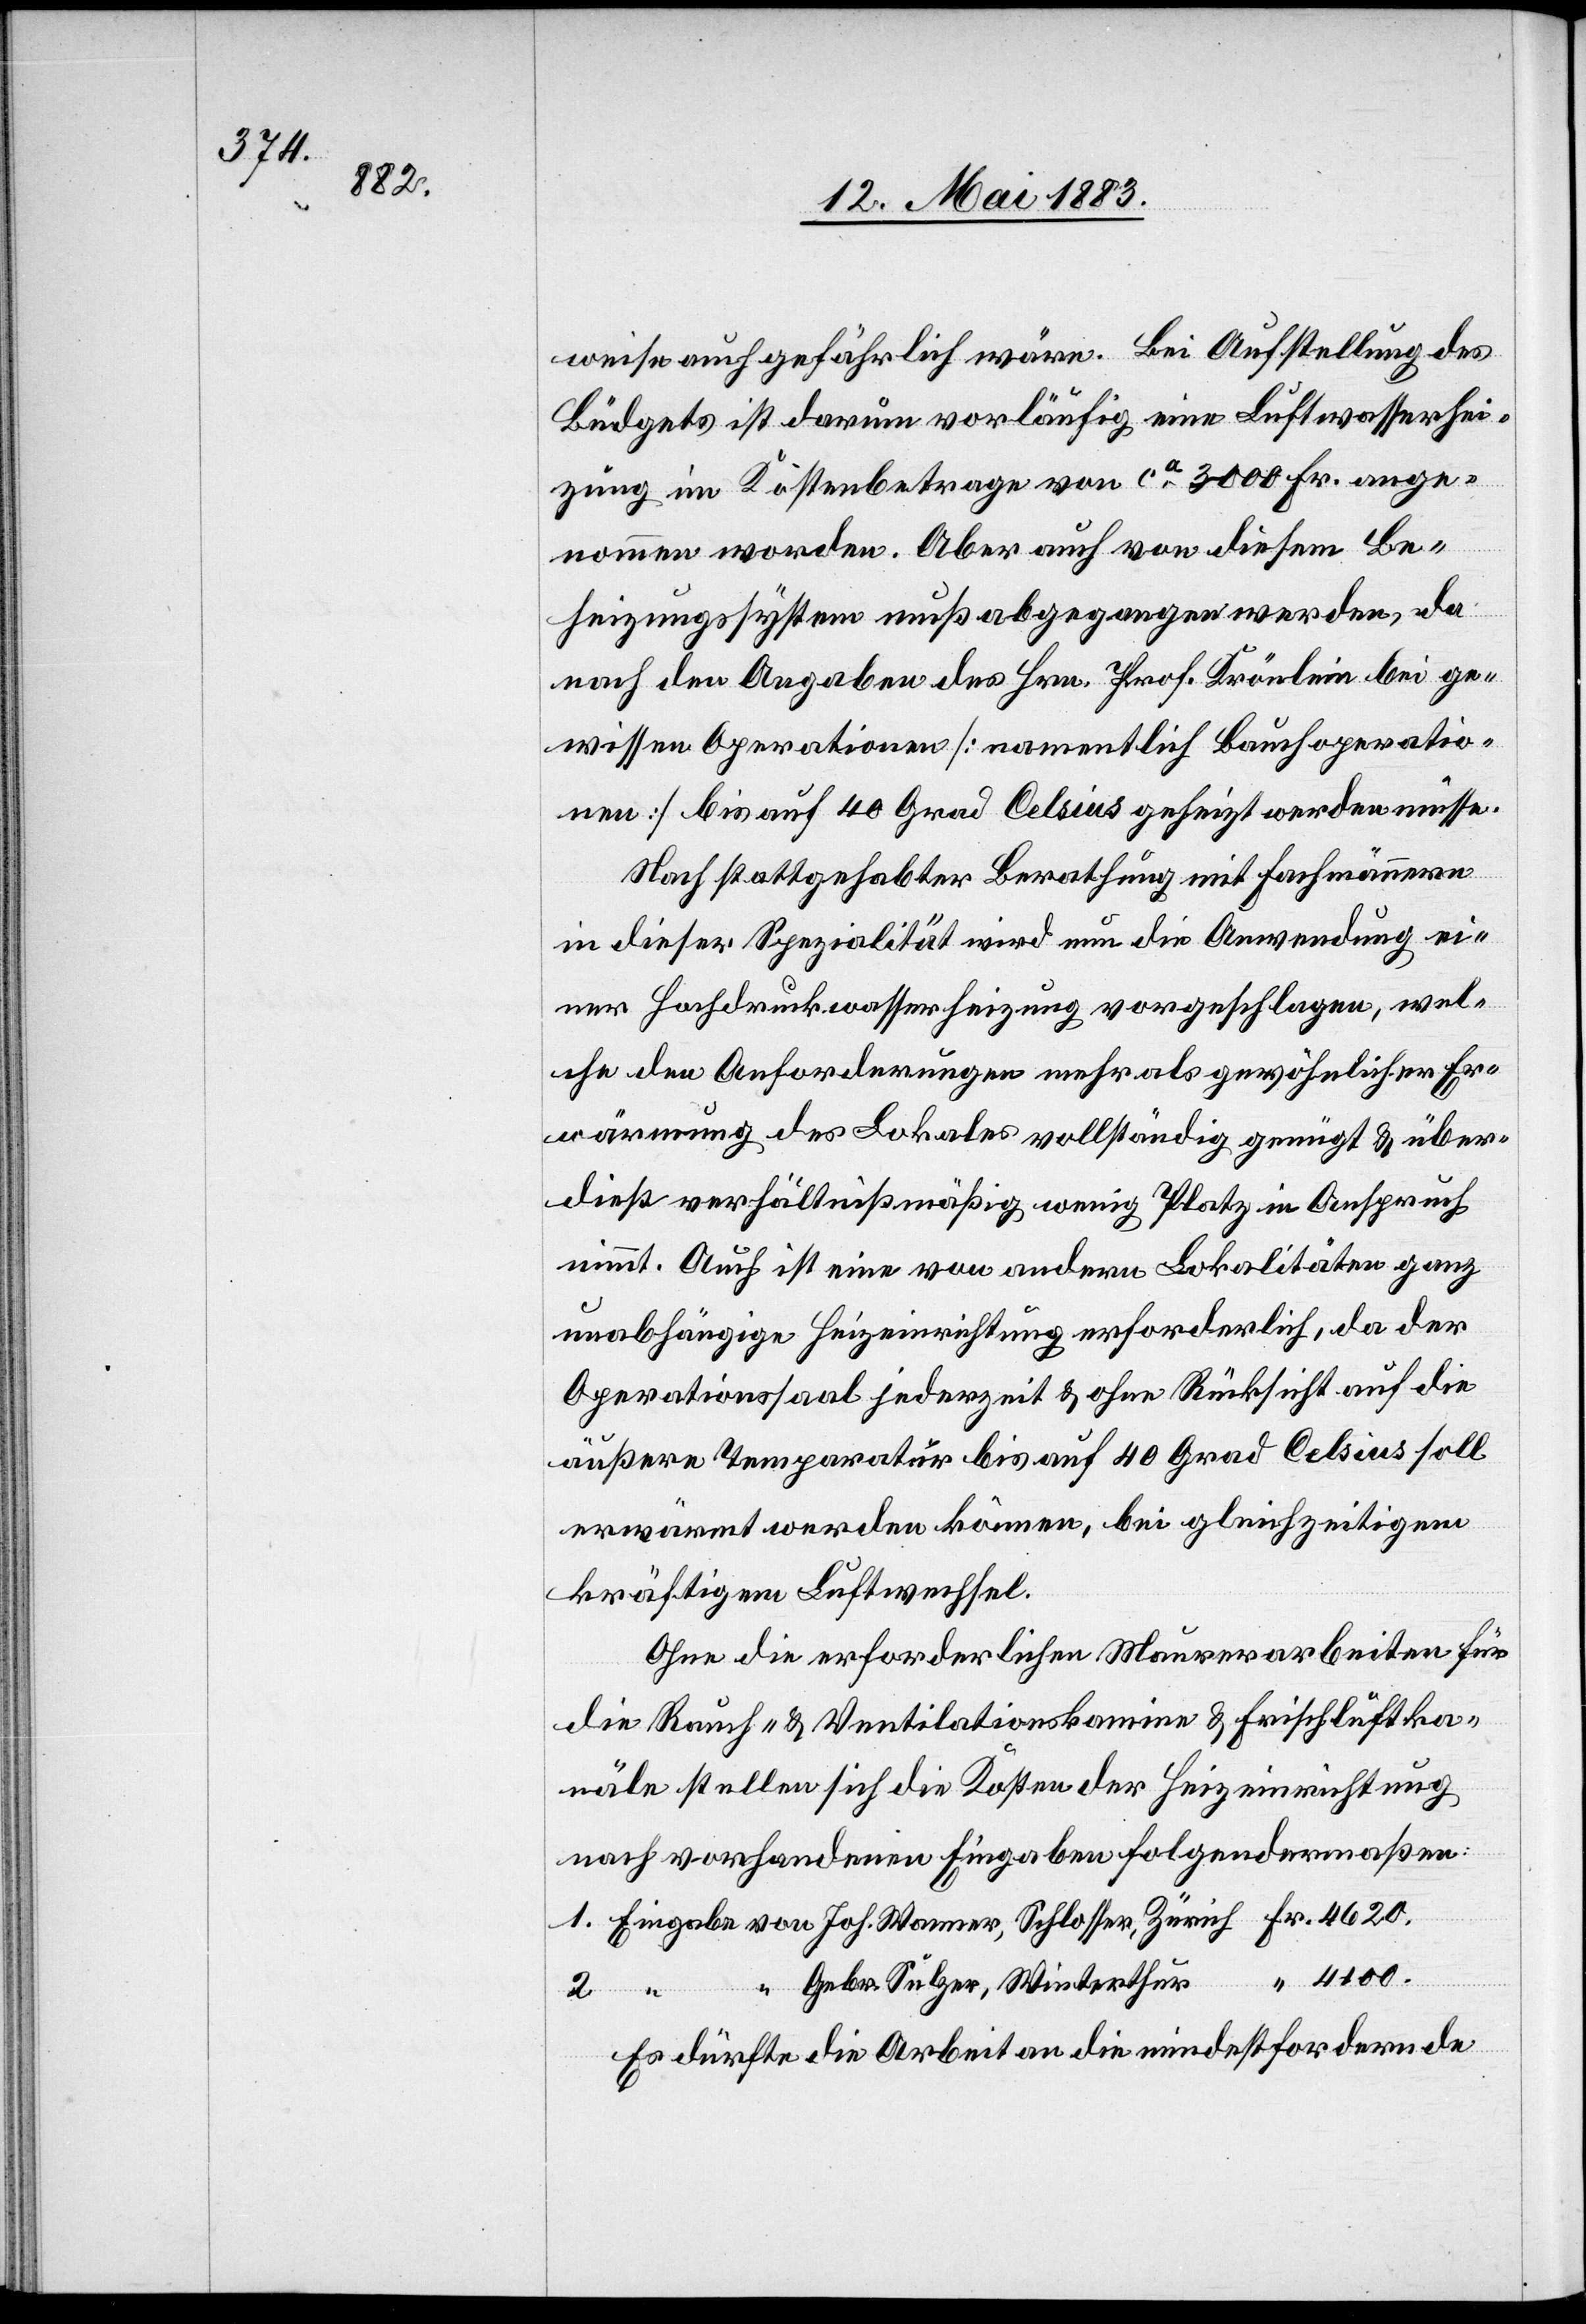
weise auch gefährlich wäre. Bei Aufstellung des
Büdgets ist darum vorläufig eine Luftwasserhei¬
zung im Kostenbetrage von ca 3000 Fr. ange¬
nommen worden. Aber auch von diesem Be¬
heizungssystem muß abgegangen werden, da
nach den Angaben des Hrn. Prof. Krönlein bei ge¬
wissen Operationen [namentlich Bauchoperatio¬
nen] bis auf 40 Grad Celsius geheizt werden müsse.
Nach stattgehabter Berathung mit Fachmännern
in dieser Spezialität wird nun die Anwendung ei¬
ner Hochdruckwasserheizung vorgeschlagen, wel¬
che den Anforderungen mehr als gewöhnlicher Er¬
wärmung des Lokales vollständig genügt & über¬
dieß verhältnißmäßig wenig Platz in Anspruch
nimmt. Auch ist eine von andern Lokalitäten ganz
unabhängige Heizeinrichtung erforderlich, da der
Operationssaal jederzeit & ohne Rücksicht auch die
äußere Temperatur bis auf 40 Grad Celsius soll
erwärmt werden können, bei gleichzeitigem
kräftigen Luftwechsel.
Ohne die erforderlichen Maurerarbeiten für
die Rauch- & Ventilationskamine & Frischluftka¬
näle stellen sich die Kosten der Heizeinrichtung
nach vorhandenen Eingaben folgendermaßen:
1. Eingabe von Joh. Wanner, Schlosser, Zürich Fr. 4620.
“ 4100.
2. “ “ Gebr. Sulzer, Winterthur
Es dürfte die Arbeit an die mindestfordernde